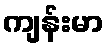
ကျန်းမာ